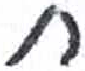
אות: ח